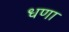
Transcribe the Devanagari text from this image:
धणा